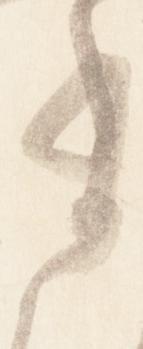
有